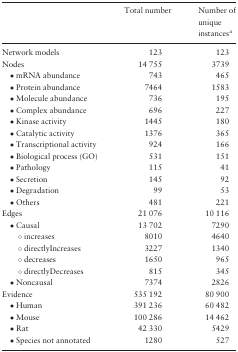
<table><thead><tr><td></td><td><b>Total number</b></td><td><b>Number of unique instances<sup>a</sup></b></td></tr></thead><tbody><tr><td>Network models</td><td>123</td><td>123</td></tr><tr><td>Nodes</td><td>14 755</td><td>3739</td></tr><tr><td> • mRNA abundance</td><td>743</td><td>465</td></tr><tr><td> • Protein abundance</td><td>7464</td><td>1583</td></tr><tr><td> • Molecule abundance</td><td>736</td><td>195</td></tr><tr><td> • Complex abundance</td><td>696</td><td>227</td></tr><tr><td> • Kinase activity</td><td>1445</td><td>180</td></tr><tr><td> • Catalytic activity</td><td>1376</td><td>365</td></tr><tr><td> • Transcriptional activity</td><td>924</td><td>166</td></tr><tr><td> • Biological process (GO)</td><td>531</td><td>151</td></tr><tr><td> • Pathology</td><td>115</td><td>41</td></tr><tr><td> • Secretion</td><td>145</td><td>92</td></tr><tr><td> • Degradation</td><td>99</td><td>53</td></tr><tr><td> • Others</td><td>481</td><td>221</td></tr><tr><td>Edges</td><td>21 076</td><td>10 116</td></tr><tr><td> • Causal</td><td>13 702</td><td>7290</td></tr><tr><td>○ increases</td><td>8010</td><td>4640</td></tr><tr><td>○ directlyIncreases</td><td>3227</td><td>1340</td></tr><tr><td>○ decreases</td><td>1650</td><td>965</td></tr><tr><td>○ directlyDecreases</td><td>815</td><td>345</td></tr><tr><td> • Noncausal</td><td>7374</td><td>2826</td></tr><tr><td>Evidence</td><td>535 192</td><td>80 900</td></tr><tr><td> • Human</td><td>391 236</td><td>60 482</td></tr><tr><td> • Mouse</td><td>100 286</td><td>14 462</td></tr><tr><td> • Rat</td><td>42 330</td><td>5429</td></tr><tr><td> • Species not annotated</td><td>1280</td><td>527</td></tr></tbody></table>